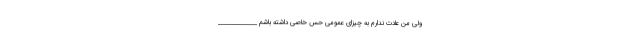
ولى من عادت ندارم به چیزاى عمومى حس خاصى داشته باشم _____________